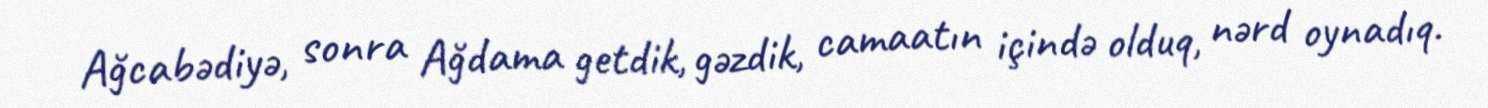
Ağcabədiyə, sonra Ağdama getdik, gəzdik, camaatın içində olduq, nərd oynadıq.